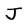
Character: J